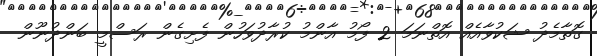
ގޮތާމެދު ޝަކުވާއެއް އޮތްނަމަ 2 ފޯމު އާންމު ކުރާދުވަހުން ފެށިގެން ރަސްމީ ބަންދުނޫން